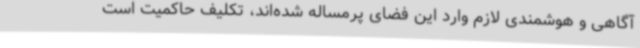
آگاهی و هوشمندی لازم وارد این فضای پرمساله شده‌اند، تکلیف حاکمیت است